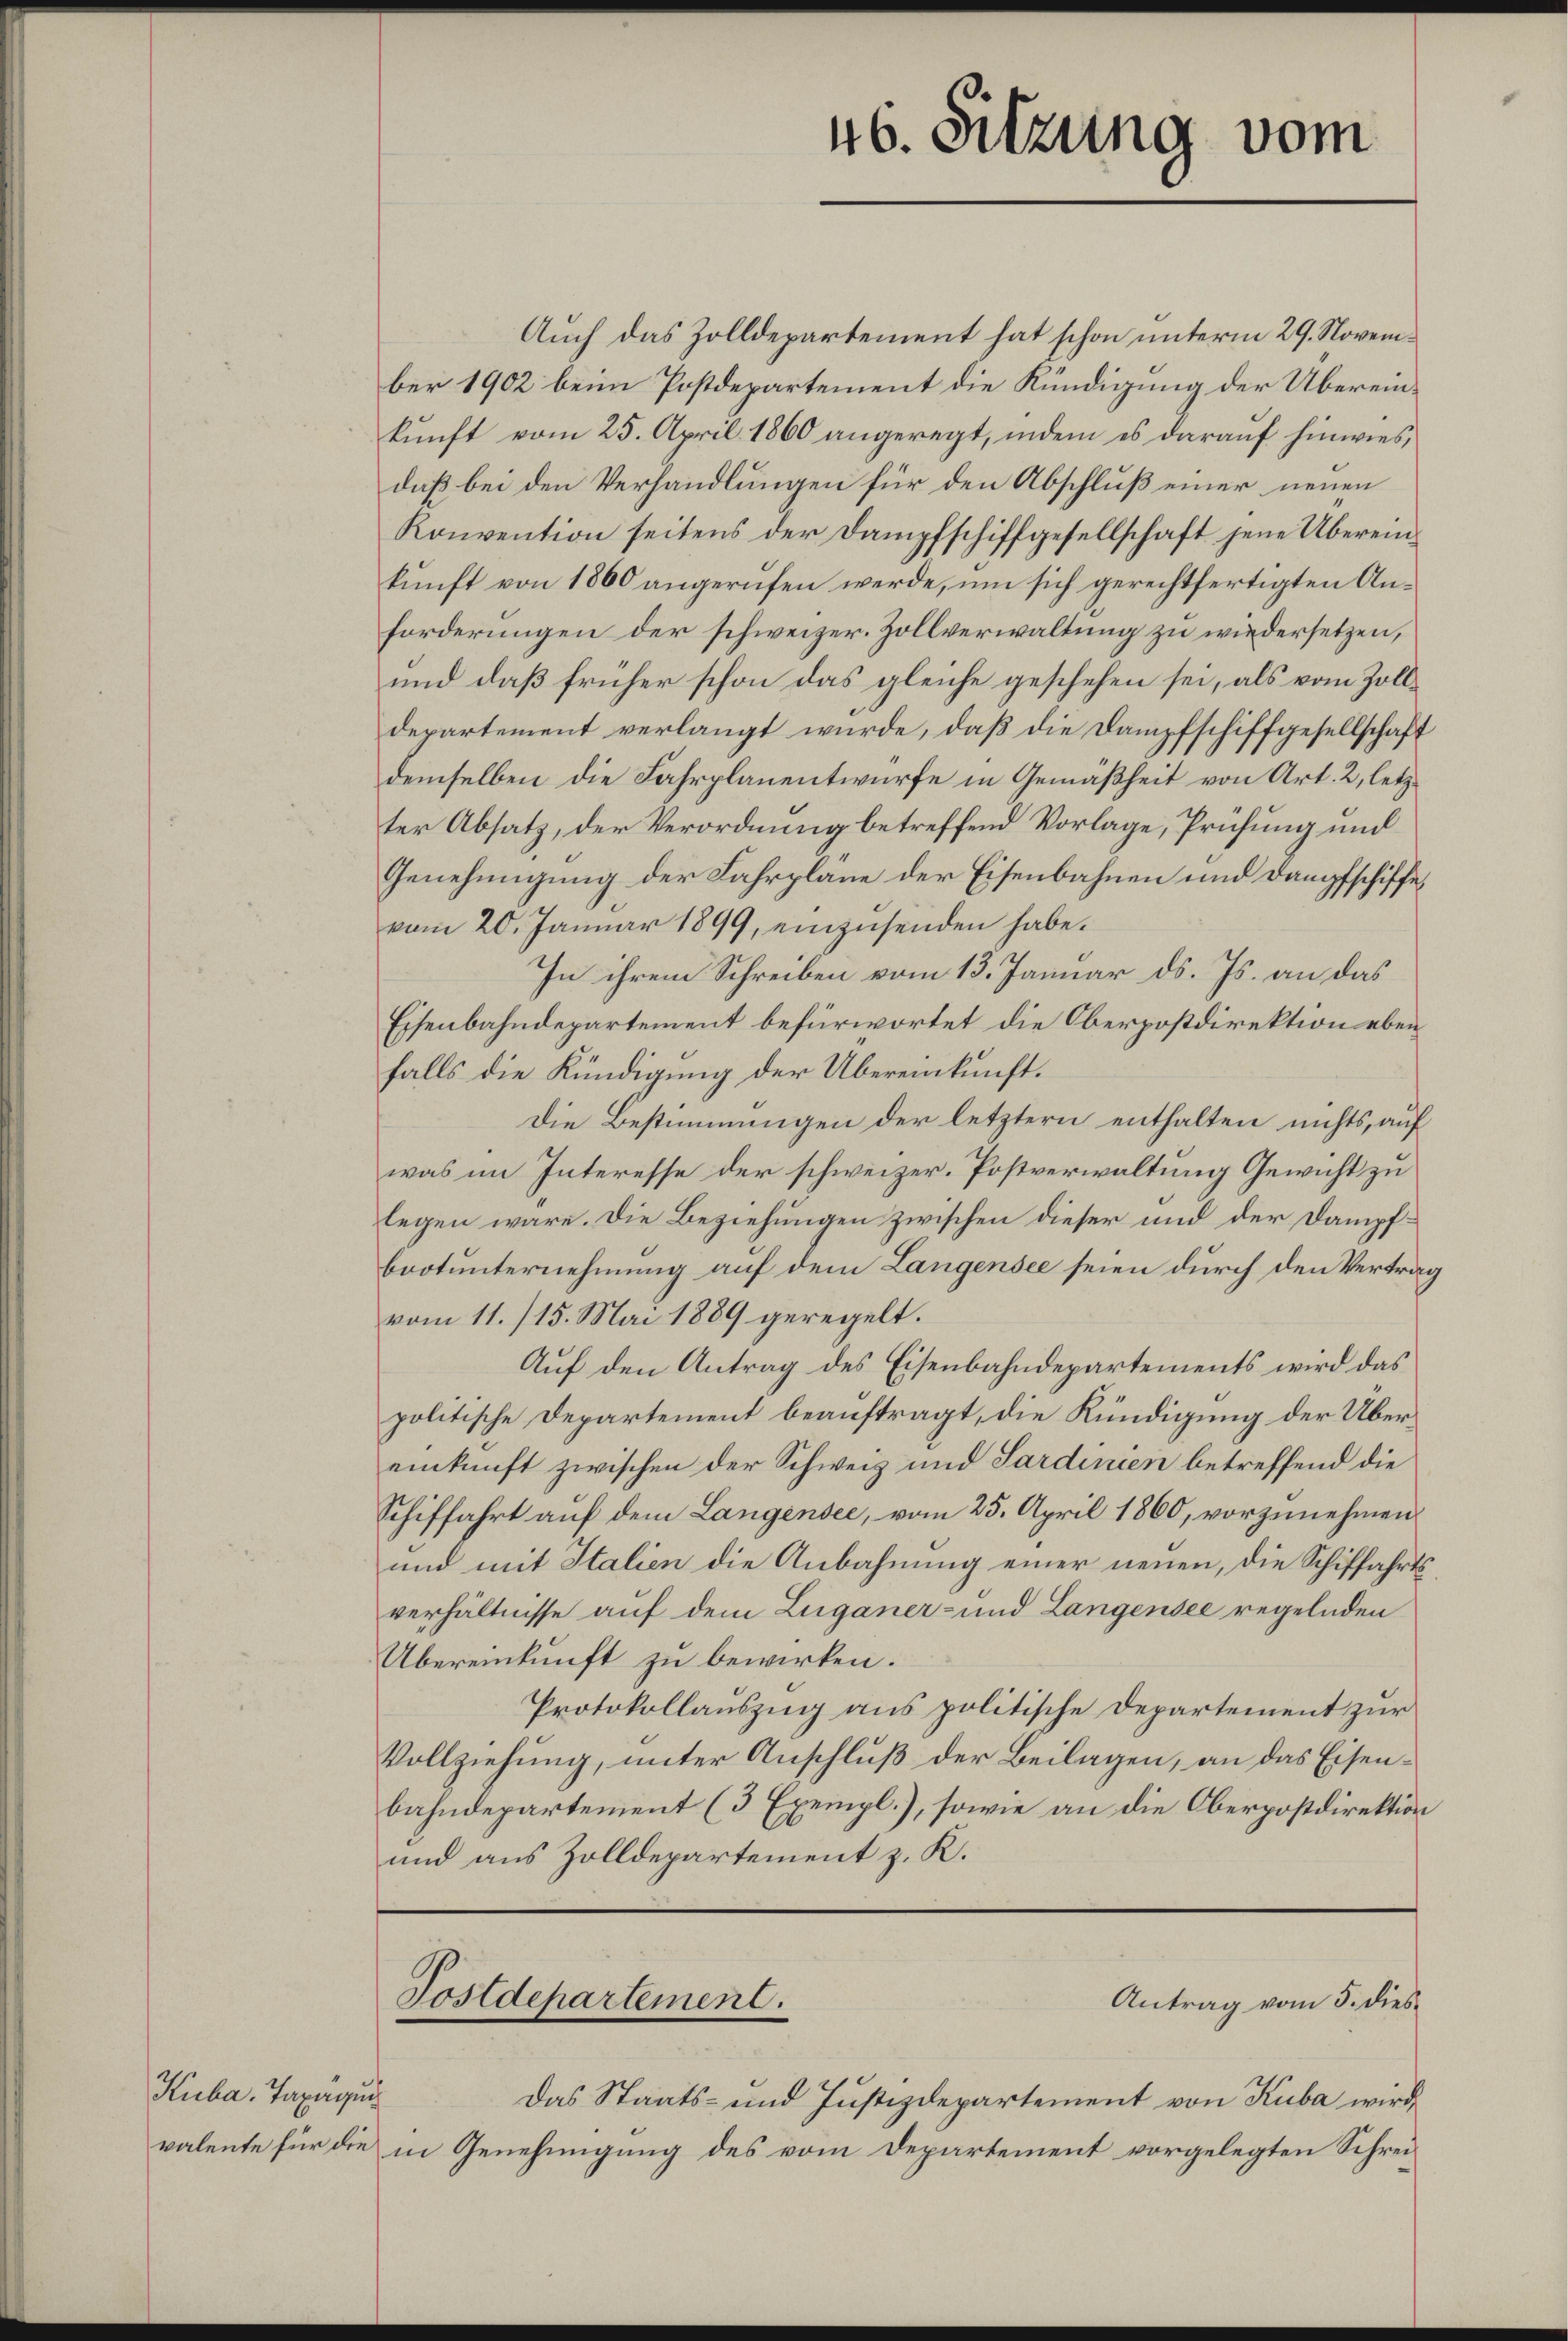
Kuba. Taxaqui

Auch das Zolldepartement hat schon unterm 29. November 1902 beim Postdepartement die Kündigung der Übereinkunft vom 25. April 1860 angeregt, indem es darauf hinwies,
daß bei den Verhandlungen für den Abschluß einer neuen
Konvention seitens der Dampfschiffgesellschaft jene Übereinkunft von 1860 angerufen werde, um sich gerechtfertigten Anforderungen der schweizer. Zollverwaltung zu wiedersetzen,
und daß früher schon das gleiche geschehen sei, als vom Zolldepartement verlangt wurde, daß die Dampfschiffgesellschaft
demselben die Fahrplanentwurfe in Gemäßheit von Art. 2, letzter Absatz, der Verordnung betreffend Vorlage, Prüfung und
Genehmigung der Fahrpläne der Eisenbahnen und Dampfschiffevom 20. Januar 1899, einzusenden habe.
In ihrem Schreiben vom 13. Januar d. Js. an das
Eisenbahndepartement befürwortet die Oberpostdirektion ebenfalls die Kündigung der Übereinkunft.
Die Bestimmungen der letztern enthalten nichts, auf
was im Interesse der schweizer. Postverwaltung Gewicht zu
legen wäre. Die Beziehungen zwischen dieser und der Dampfbrotunternehmung auf dem Langensee seien durch den Vertrag
vom 11. /15. Mai 1889 geregelt.
Auf den Antrag des Eisenbahndepartements wird das
politische Departement beauftragt, die Kündigung der Übereinkunft zwischen der Schweiz und Sardinien betreffend die
Schiffahrt auf dem Langensee, vom 25. April 1860, vorzunehmen.
und mit Italien die Anbahnung einer neuen, die Schiffahrtsverhältnisse auf dem Luganer- und Langensee regelnden
Übereinkunft zu bewirken.
Protokollauszug aus politische Departement zur
Vollziehung, unter Anschluß der Beilagen, an das Eisenbahndepartement (3 Exempl.), sowie an die Oberpostdirektion
und aus Zolldepartement z. K.

Postdepartement.

Das Staats- und Justizdepartement von Kuba wird,
valente für die in Genehmigung des vom Departement vorgelegten Schrei¬

46. Sitzung vom

Antrag vom 5. dies